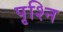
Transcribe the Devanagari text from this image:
पृश्नि